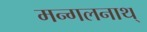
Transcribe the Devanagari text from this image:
मन्गलनाथ्